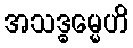
အသဒ္ဓမ္မေဟိ